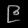
Digit: ၉